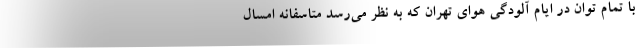
با تمام توان در ایام آلودگی هوای تهران که به نظر می‌رسد متاسفانه امسال